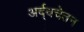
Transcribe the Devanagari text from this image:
अर्द्धचेतन